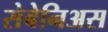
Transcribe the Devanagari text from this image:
सेबेनिअस